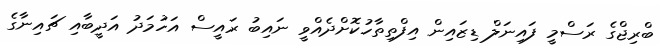
ބްރިޖްގެ ރަސްމީ ފައިނަލް ޑިޒައިން އިފްތިތާހުކޮށްދެއްވީ ނައިބު ރައީސް އަހުމަދު އަދީބާއި ޗައިނާގެ